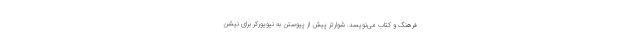
فرهنگ و کتاب می‌نویسد. شوارتز پیش از پیوستن به نیویورکر برای نِیشن